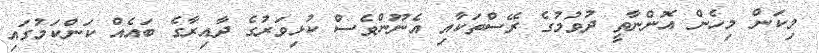
މިކަން މިހެން އޮންނާތީ ދުވުމުގެ ރޭސްތަކާއި އެނޫންވެސް ކުޅިވަރުގެ ދާއިރާގެ ބައެއް ކަންކަމުގައި